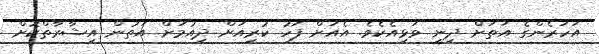
އަހަރެންގެ އަތަށް ދިނީ ވަޅިއެކެވެ. އެއަށް ފަހު ކުރިއަށް ދިއުމަށް އަތުން އިޝާރާތްކޮށް